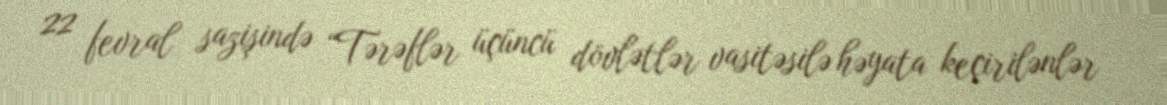
22 fevral sazişində “Tərəflər üçüncü dövlətlər vasitəsilə həyata keçirilənlər